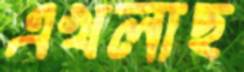
এখলাছ